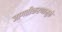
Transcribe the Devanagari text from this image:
जागतीकरणामुळे